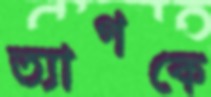
ত্যাগকে